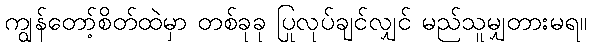
ကျွန်တော့်စိတ်ထဲမှာ တစ်ခုခု ပြုလုပ်ချင်လျှင် မည်သူမျှတားမရ။